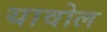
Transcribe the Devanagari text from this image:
यावोल